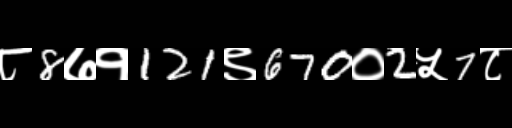
Text: ८8७१121९670०2५7८